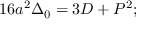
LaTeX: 1 6 a ^ { 2 } \Delta _ { 0 } = 3 D + P ^ { 2 } ;